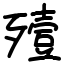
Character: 殪